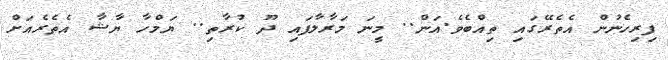
ފިރިހެނުން އެތެރޭގައި ތިއްބެވެ.އަން.. މީނަ މަރާލާފައި ދޫ ކުރާތި.. ޔަމްހާ ޔާޝާ އެތެރެއަށް